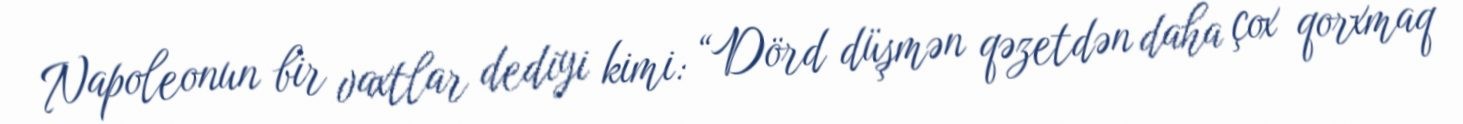
Napoleonun bir vaxtlar dediyi kimi: “Dörd düşmən qəzetdən daha çox qorxmaq